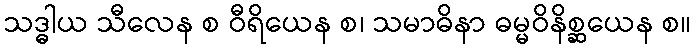
သဒ္ဓါယ သီလေန စ ဝီရိယေန စ၊ သမာဓိနာ ဓမ္မဝိနိစ္ဆယေန စ။